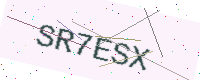
Text: SR7ESX